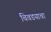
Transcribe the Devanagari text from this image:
चिवडयाचा